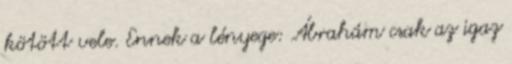
kötött vele. Ennek a lényege: Ábrahám csak az igaz